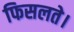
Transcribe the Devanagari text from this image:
फिसलते।